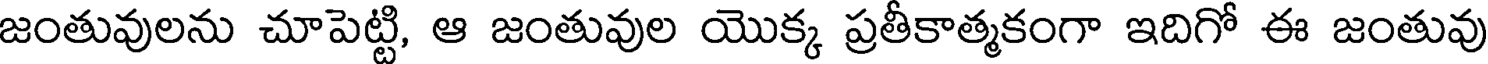
జంతువులను చూపెట్టి, ఆ జంతువుల యొక్క ప్రతీకాత్మకంగా ఇదిగో ఈ జంతువు